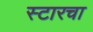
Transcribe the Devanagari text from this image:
स्टारचा